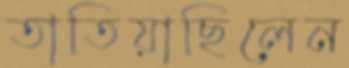
তাতিয়াছিলেন